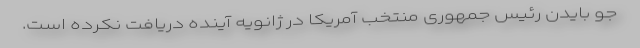
جو بایدن رئیس جمهوری منتخب آمریکا در ژانویه آینده دریافت نکرده است.